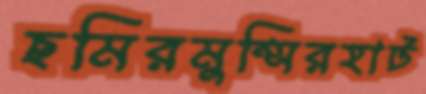
ছমিরমুন্সিরহাট